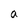
Character: a